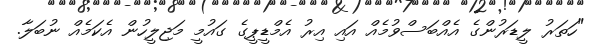
"ހަތަރު ލީޑަރުންގެ އެއްބަސްވުމެއް އައި އިރު އެމްޑީޕީގެ ގައުމީ މަޖިލީހުން އެކަމެއް ނުބަލާ.